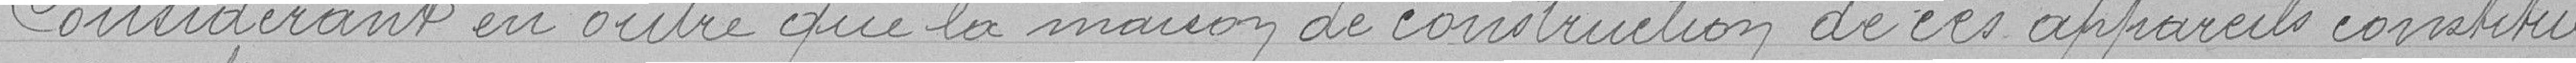
Considérant en outre que la macion de construction de ces appareils constitue